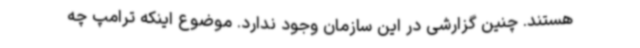
هستند. چنین گزارشی در این سازمان وجود ندارد. موضوع اینکه ترامپ چه